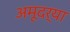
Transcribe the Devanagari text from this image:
अमूदर्या